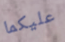
عليكما